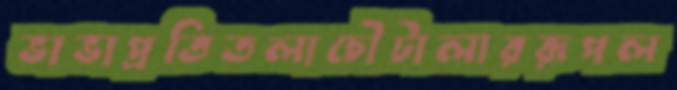
ভাভাপ্রতিতলাচৌটালাররূপল